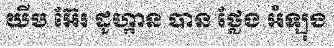
យីប អ៊ែរ ដូហ្កាន បាន ថ្លែង អំឡុង